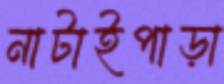
নাটাইপাড়া